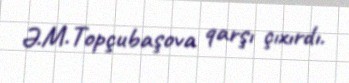
Ə.M.Topçubaşova qarşı çıxırdı.